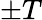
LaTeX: \pm T